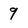
Character: 9